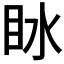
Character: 𰛙